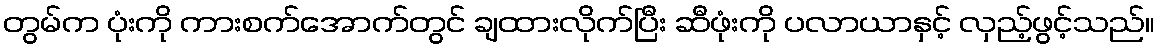
တွမ်က ပုံးကို ကားစက်အောက်တွင် ချထားလိုက်ပြီး ဆီဖုံးကို ပလာယာနှင့် လှည့်ဖွင့်သည်။